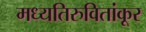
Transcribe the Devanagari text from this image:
मध्यतिरुवितांकूर